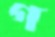
গ